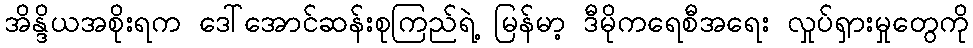
အိန္ဒိယအစိုးရက ဒေါ်အောင်ဆန်းစုကြည်ရဲ့ မြန်မာ့ ဒီမိုကရေစီအရေး လှုပ်ရှားမှုတွေကို